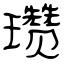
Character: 瓒